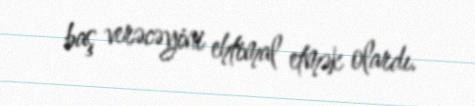
baş verəcəyini ehtimal etmək olardı.